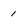
Character: 1